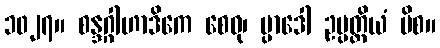
၁၀၂၇။ စန္ဒဂ္ဂါဟာဒိကေ စေဝု၊ ပ္ပာဒေါ ဥပ္ပတ္တိယံ ပိစ။